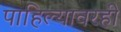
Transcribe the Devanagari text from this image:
पाहिल्यावरही